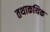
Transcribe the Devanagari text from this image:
तथाकथिक